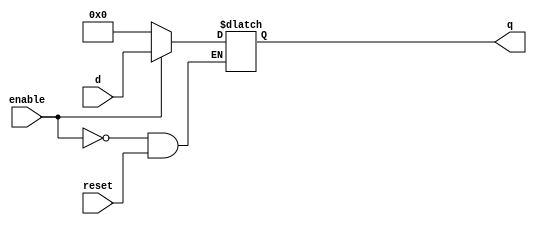
module d_Latch (
   input [7:0]d,
   input enable,
	input reset,
   output reg [7:0] q
);
   always @ (reset or enable or d)
      if (enable)
         q <= d;
		else if (!reset)
         q <= 0; 			
endmodule